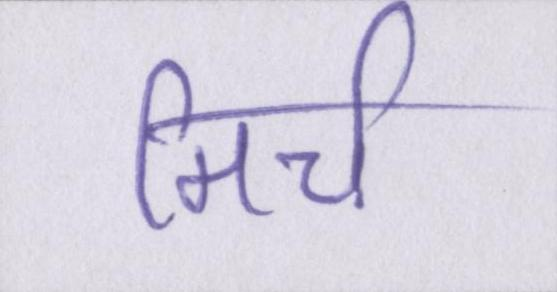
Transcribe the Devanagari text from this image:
मिर्च